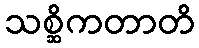
သစ္ဆိကတာတိ